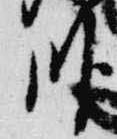
臥